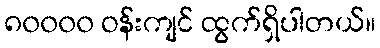
၈၀၀၀၀ ဝန်းကျင် ထွက်ရှိပါတယ်။